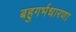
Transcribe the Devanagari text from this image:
बहुगर्भधारणा